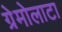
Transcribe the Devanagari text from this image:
ग्रेमोलाटा